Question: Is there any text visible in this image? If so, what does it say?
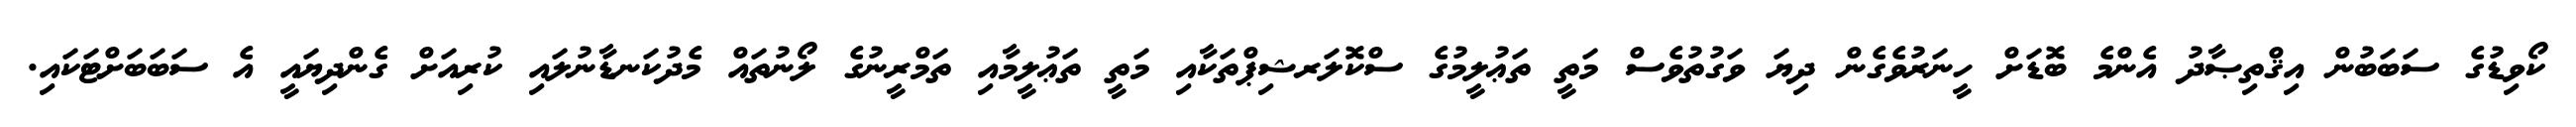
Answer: ކޯވިޑުގެ ސަބަބުން އިޤްތިޞާދު އެންމެ ބޮޑަށް ހީނަރުވެގެން ދިޔަ ވަގުތުވެސް މަތީ ތަޢުލީމުގެ ސްކޮލަރޝިޕްތަކާއި މަތީ ތަޢުލީމާއި ތަމްރީނުގެ ލޯނުތައް މެދުކަނޑާނުލައި ކުރިއަށް ގެންދިޔައީ އެ ސަބަބަށްޓަކައި.